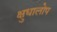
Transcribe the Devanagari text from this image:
क्षुधालोप